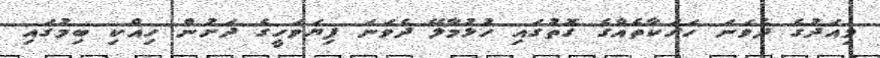
މިއަދުގެ ދެވަނަ ހަރަކާތެއްގެ ގޮތުގައި ހުޅުމާލޭ ދެވަނަ ފިޔަވަހީގެ ދަށުން ހިއްކި ބިމުގައި